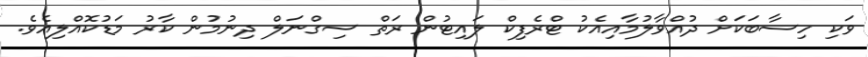
ވަކި ހިސާބަކަށް ދުއްވާލުމާއިއެކު ޓްރެފިކް ލައިޓުން ރަތް ސިގްނަލް ދިނުމުން ކާރު މަޑުކޮއްލިއެވެ.